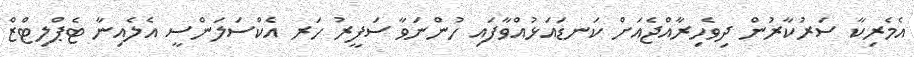
އެމެރިކާ ސަރުކާރުން ދިވެހިރާއްޖެއަށް ކަނޑައަޅުއްވާފައި ހުންނަވާ ސަފީރު ހަރ އެކްސަލަންސީ އެލެއިނާ ޓެޕްލިޓްޒް